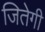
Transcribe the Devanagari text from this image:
जितेगी